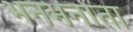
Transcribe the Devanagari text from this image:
भनभनाता